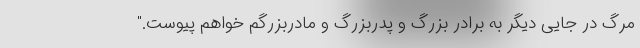
مرگ در جایی دیگر به برادر بزرگ و پدربزرگ و مادربزرگم خواهم پیوست."